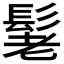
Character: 𮫃